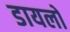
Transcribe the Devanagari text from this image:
डायलों